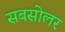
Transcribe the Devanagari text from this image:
सबसोलर